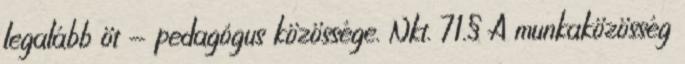
legalább öt - pedagógus közössége. Nkt. 71.§ A munkaközösség